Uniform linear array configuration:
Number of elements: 64
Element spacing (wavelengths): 1
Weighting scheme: hamming
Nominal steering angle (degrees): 30
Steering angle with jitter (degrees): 30.521
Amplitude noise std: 0.05
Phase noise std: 0.05

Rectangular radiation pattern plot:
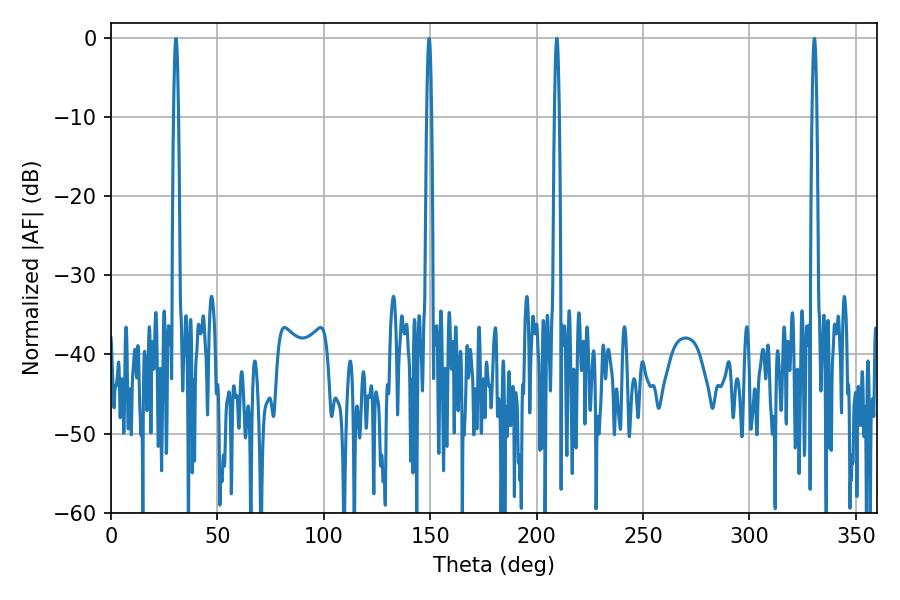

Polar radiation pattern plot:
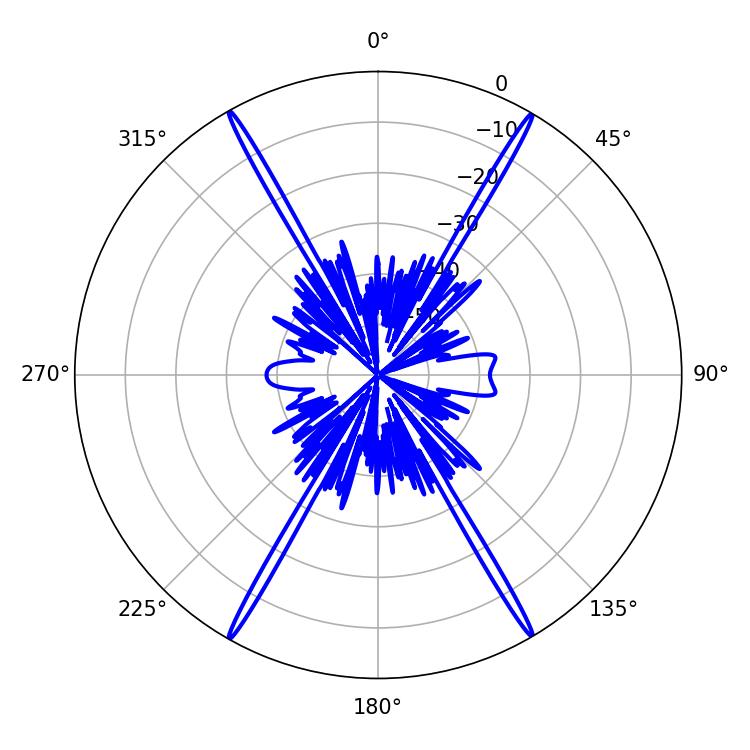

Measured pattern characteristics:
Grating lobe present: TRUE
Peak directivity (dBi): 32.655
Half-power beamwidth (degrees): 1.08
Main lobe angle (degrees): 330.48